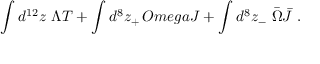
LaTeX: \int d ^ { 1 2 } z \ \Lambda T + \int d ^ { 8 } z _ { + } \, O m e g a { \cal J } + \int d ^ { 8 } z _ { - } \ { \bar { \Omega } } { \bar { \cal J } } \ .